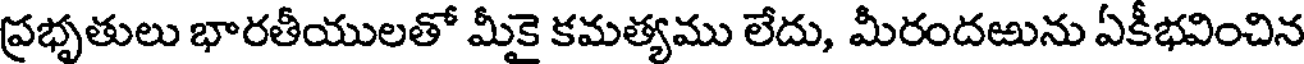
ప్రభృతులు భారతీయులతో మీకై కమత్యము లేదు, మీరందఱును ఏకీభవించిన